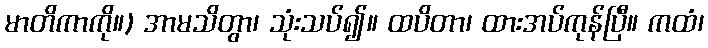
မာတိကာကို။) အာမသိတွာ၊ သုံးသပ်၍။ ထပိတာ၊ ထားအပ်ကုန်ပြီ။ ကထံ၊